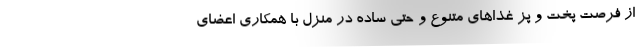
از فرصت پخت و پز غذاهای متنوع و حتی ساده در منزل با همکاری اعضای